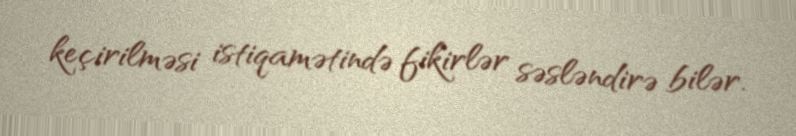
keçirilməsi istiqamətində fikirlər səsləndirə bilər.